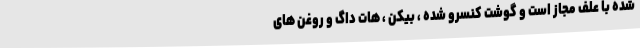
شده با علف مجاز است و گوشت کنسرو شده ، بیکن ، هات داگ و روغن های